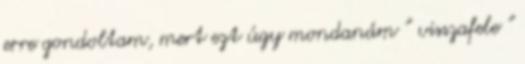
erre gondoltam, mert ezt úgy mondanám ” visszafele ”